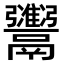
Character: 𫙇